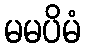
မမပိမံ